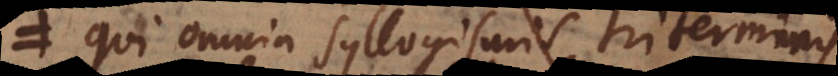
qui omnia syllogismis triterminis